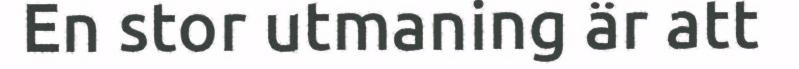
En stor utmaning är att